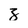
Character: z